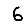
Digit: 6